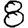
Digit: 8